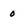
Character: 0